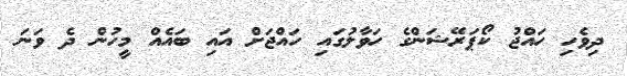
ދިވެހި ހައްޖު ކޯޕަރޭޝަންގެ ހަވާލުގައި ހައްޖަށް އައި ބައެއް މީހުން ދެ ވަނަ